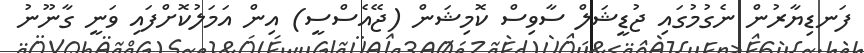
ފަނޑިޔާރުން ނެގުމުގައި ޖުޑީޝަލް ސާވިސް ކޮމިޝަން (ޖޭއެސްސީ) އިން އަމަލުކޮށްފައި ވަނީ ގާނޫނު